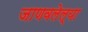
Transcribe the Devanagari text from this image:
जाणवलेल्या